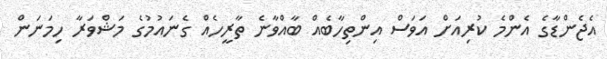
އެޖެންޑާގެ އެންމެ ކުރިއަށް އަވަސް އިންތިހާބެއް ބާއްވާނެ ތާރީހެއް ގެނައުމުގެ މަޝްވަރާ ހިމަނަން